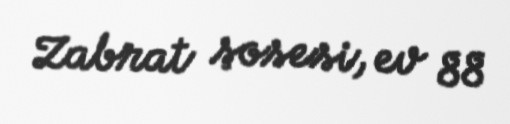
Zabrat şosesi, ev 88